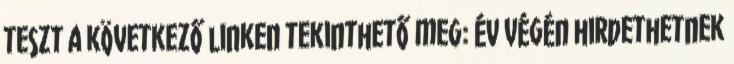
teszt a következő linken tekinthető meg: Év végén hirdethetnek